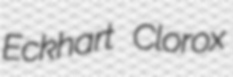
Eckhart Clorox